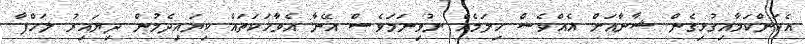
އެކަންކަމާއިގުޅިގެން ޝާނާއަށް އެއްވެސް ހިލަމެއް ނުވިނަމަވެސް އޭނާ އެވާހަކަތައް ކިޔައިދެމުން ދިޔައިރު ލަހްފާ